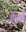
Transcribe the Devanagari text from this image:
ड़ेंसो